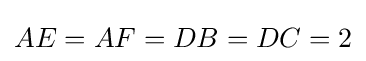
AE=AF=DB=DC=2